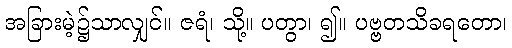
အခြားမဲ့၌သာလျှင်။ ဇရံ၊ သို့။ ပတွာ၊ ၍။ ပဗ္ဗတသိခရတော၊